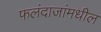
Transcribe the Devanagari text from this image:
फलंदाजांमधील